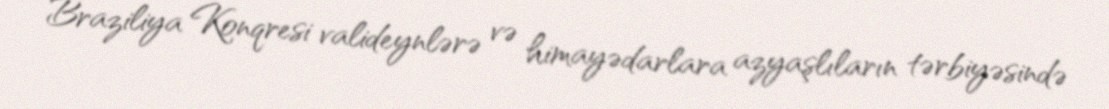
Braziliya Konqresi valideynlərə və himayədarlara azyaşlıların tərbiyəsində